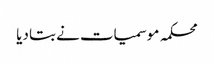
محکمہ موسمیات نے بتا دیا